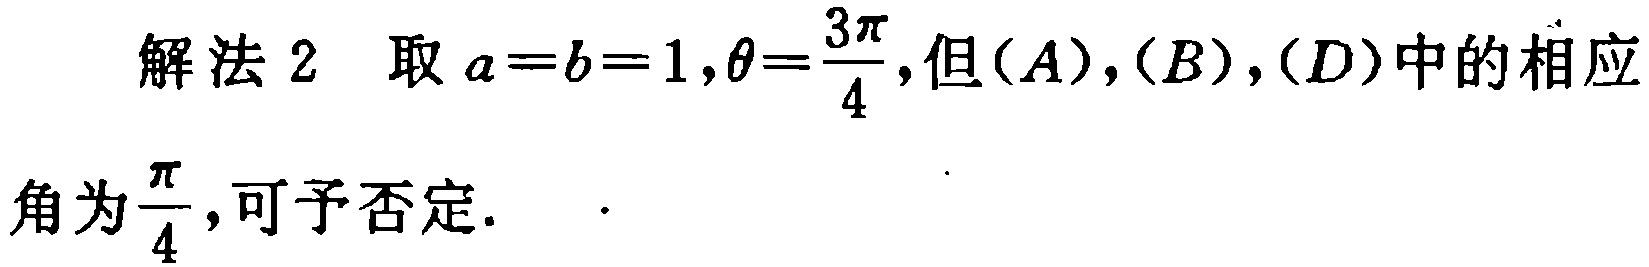
解法 2 取 \(a = b = 1,\theta=\frac{3\pi}{4}\),但\((A),(B),(D)\)中的相应

角为\(\frac{\pi}{4}\),可予否定.